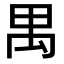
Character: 禺